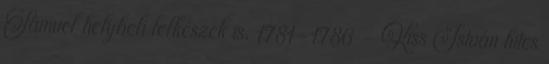
Sámuel helybeli lelkészek is. 1781–1786 – Kiss István hites